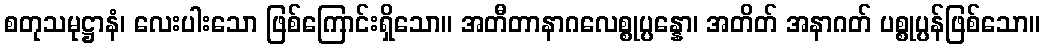
စတုသမုဋ္ဌာနံ၊ လေးပါးသော ဖြစ်ကြောင်းရှိသော။ အတီတာနာဂလေစ္စုပ္ပန္နော၊ အတိတ် အနာဂတ် ပစ္စုပ္ပန်ဖြစ်သော။